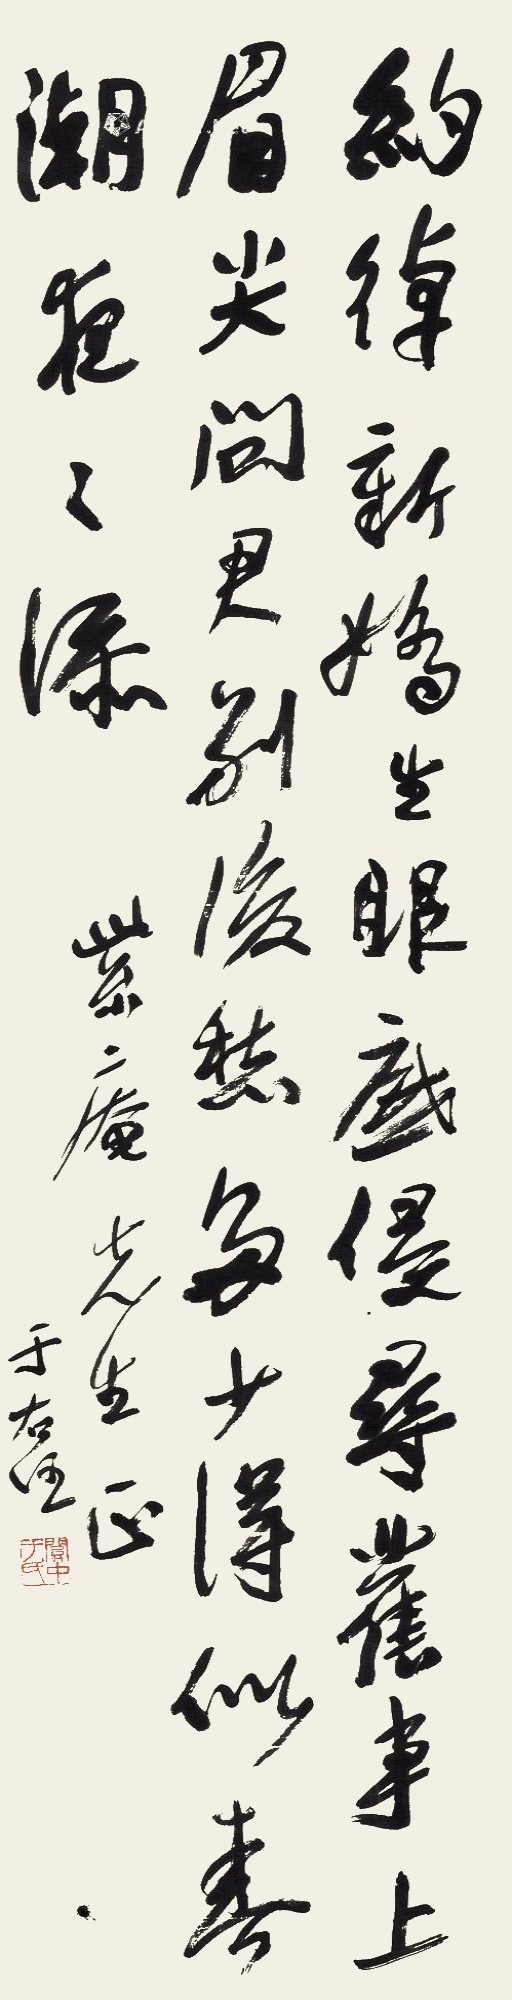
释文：绰约新娇生眼底，侵寻旧事上眉尖。问君别后愁多少，得似春潮夜夜添。紫庵先生正。于右任。